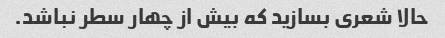
حالا شعری بسازید که بیش از چهار سطر نباشد.